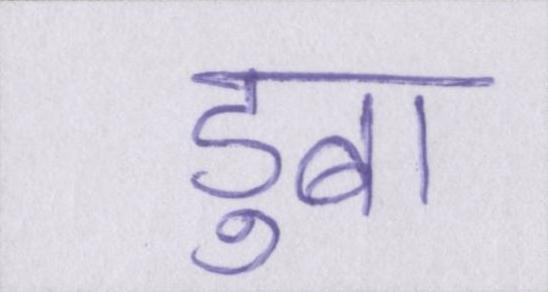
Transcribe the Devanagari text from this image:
डुबा